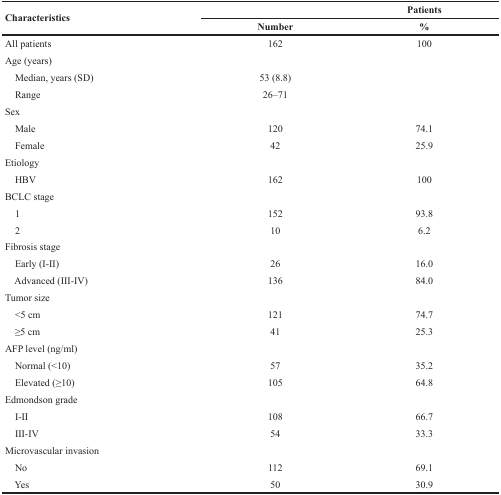
| <ROWSPAN=2> Characteristics |  | Patients |
 | Number | % |
 | --- | --- | --- |
 | All patients | 162 | 100 |
 | Age (years) |  |  |
 | Median, years (SD) | 53 (8.8) |  |
 | Range | 26–71 |  |
 | Sex |  |  |
 | Male | 120 | 74.1 |
 | Female | 42 | 25.9 |
 | Etiology |  |  |
 | HBV | 162 | 100 |
 | BCLC stage |  |  |
 | 1 | 152 | 93.8 |
 | 2 | 10 | 6.2 |
 | Fibrosis stage |  |  |
 | Early (I-II) | 26 | 16.0 |
 | Advanced (III-IV) | 136 | 84.0 |
 | Tumor size |  |  |
 | <5 cm | 121 | 74.7 |
 | ≥5 cm | 41 | 25.3 |
 | AFP level (ng/ml) |  |  |
 | Normal (<10) | 57 | 35.2 |
 | Elevated (≥10) | 105 | 64.8 |
 | Edmondson grade |  |  |
 | I-II | 108 | 66.7 |
 | III-IV | 54 | 33.3 |
 | Microvascular invasion |  |  |
 | No | 112 | 69.1 |
 | Yes | 50 | 30.9 |